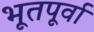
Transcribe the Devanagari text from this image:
भूतपूर्वा